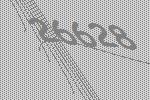
26628